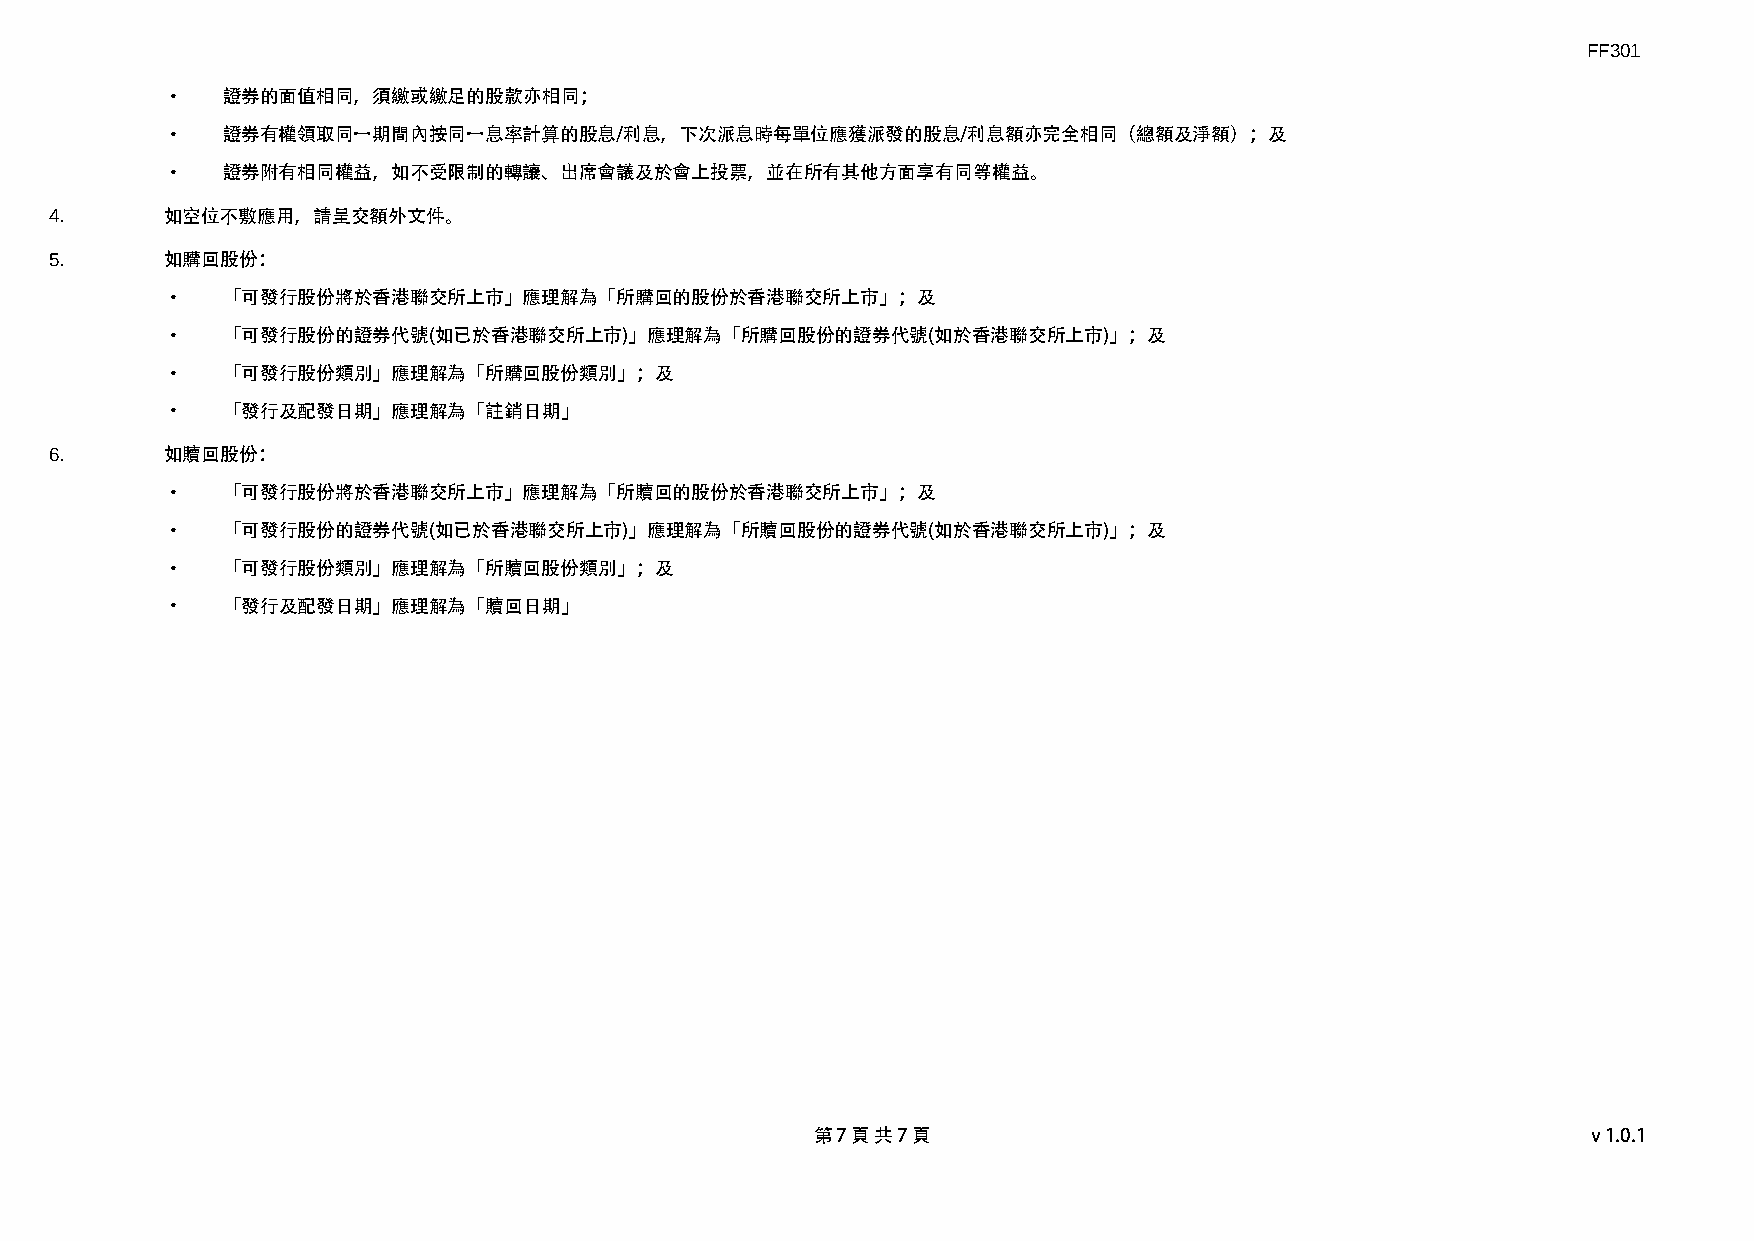
FF301
 ·   證券的面值相同，須繳或繳足的股款亦相同；
 ·   證券有權領取同一期間內按同一息率計算的股息/利息，下次派息時每單位應獲派發的股息/利息額亦完全相同（總額及淨額）；及
 ·   證券附有相同權益，如不受限制的轉讓、出席會議及於會上投票，並在所有其他方面享有同等權益。
 4.      如空位不敷應用，請呈交額外文件。
 5.      如購回股份：
 ·   「可發行股份將於香港聯交所上市」應理解為「所購回的股份於香港聯交所上市」；及
 ·   「可發行股份的證券代號(如已於香港聯交所上市)」應理解為「所購回股份的證券代號(如於香港聯交所上市)」；及
 ·   「可發行股份類別」應理解為「所購回股份類別」；及
 ·   「發行及配發日期」應理解為「註銷日期」
 6.      如贖回股份：
 ·   「可發行股份將於香港聯交所上市」應理解為「所贖回的股份於香港聯交所上市」；及
 ·   「可發行股份的證券代號(如已於香港聯交所上市)」應理解為「所贖回股份的證券代號(如於香港聯交所上市)」；及
 ·   「可發行股份類別」應理解為「所贖回股份類別」；及
 ·   「發行及配發日期」應理解為「贖回日期」
 第 7 頁 共 7 頁                                        v1.0.1